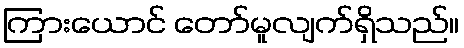
ကြားယောင် တော်မူလျက်ရှိသည်။